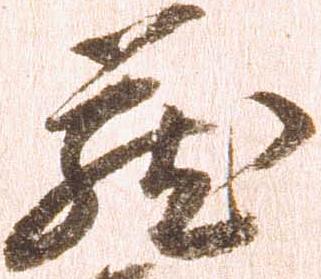
蔵